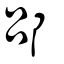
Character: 郘